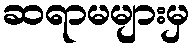
ဆရာမများမှ